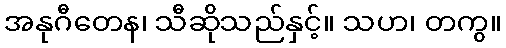
အနုဂီတေန၊ သီဆိုသည်နှင့်။ သဟ၊ တကွ။